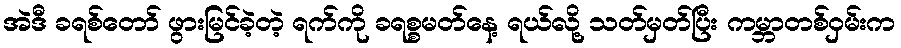
အဲဒီ ခရစ်တော် ဖွားမြင်ခဲ့တဲ့ ရက်ကို ခရစ္စမတ်နေ့ ရယ်လို့ သတ်မှတ်ပြီး ကမ္ဘာတစ်ဝှမ်းက